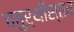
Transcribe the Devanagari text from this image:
चतुर्थीस्तव